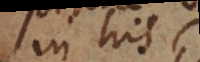
in his